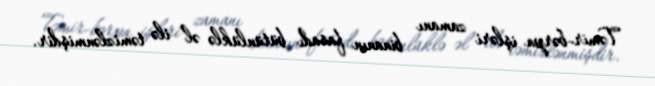
Təmir-bərpa işləri zamanı binanın fasadı bütünlüklə əl ilə təmizlənmişdir.